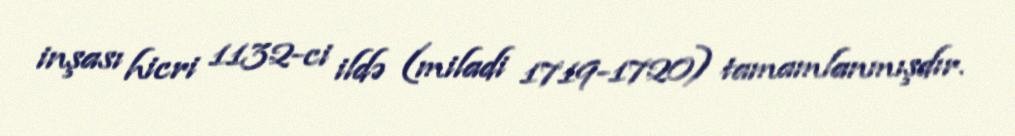
inşası hicri 1132-ci ildə (miladi 1719-1720) tamamlanmışdır.